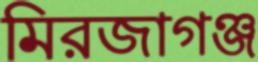
মিরজাগঞ্জ